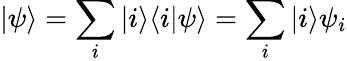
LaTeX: |\psi\rangle=\sum_{i}|i\rangle\langle i|\psi\rangle=\sum_{i}|i\rangle\psi_{i}